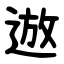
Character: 䢟